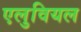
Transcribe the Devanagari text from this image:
एलुवियल